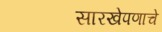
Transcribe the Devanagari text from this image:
सारखेपणाचे